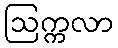
ဩက္ကလာ